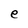
Character: e